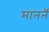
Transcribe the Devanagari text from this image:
माननॅ